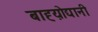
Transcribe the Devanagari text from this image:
बाह्य़ोद्यानी